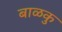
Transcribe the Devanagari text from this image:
बाळकु